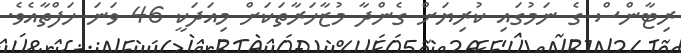
ރިޓާންސް ގެ ނަމުގައި ކުރިޔަށް ގެންދާ މުޒާހަރާތަކަށް މިއަދަކީ 46 ވަނަ ހަފްތާއެވެ.